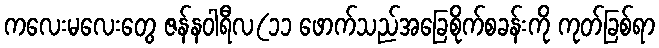
ကလေးမလေးတွေ ဇန်နဝါရီလ(၁၁ ဖောက်သည်အခြေစိုက်စခန်းကို ကုတ်ခြစ်ရာ